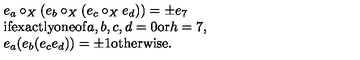
\begin{array} { l } { e _ { a } \circ _ { X } ( e _ { b } \circ _ { X } ( e _ { c } \circ _ { X } e _ { d } ) ) = \pm e _ { 7 } } \\ { \mathrm { i f e x a c t l y o n e o f } a , b , c , d = 0 \mathrm { o r } h = 7 , } \\ { e _ { a } ( e _ { b } ( e _ { c } e _ { d } ) ) = \pm 1 \mathrm { o t h e r w i s e . } } \\ \end{array}